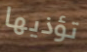
تؤذيها